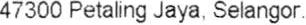
47300 PETALING JAYA, SELANGOR.